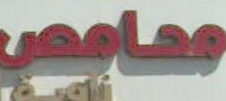
معايجي